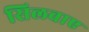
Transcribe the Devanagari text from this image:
सिलवाए